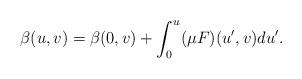
LaTeX: \begin{align*} \beta(u,v)=\beta(0,v)+\int_0^u(\mu F)(u',v)du'.\end{align*}